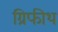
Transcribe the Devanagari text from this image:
ग्रिफीथ